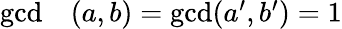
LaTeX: \begin{array}{rl}{\operatorname*{gcd}}&{{}(a,b)=\operatorname*{gcd}(a^{\prime},b^{\prime})=1}\end{array}